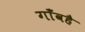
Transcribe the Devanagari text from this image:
गाँवहै